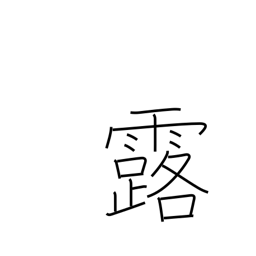
Meaning: dew